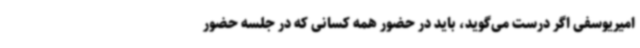
امیریوسفی اگر درست می‌گوید، باید در حضور همه کسانی که در جلسه حضور